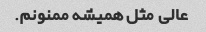
عالی مثل همیشه ممنونم.